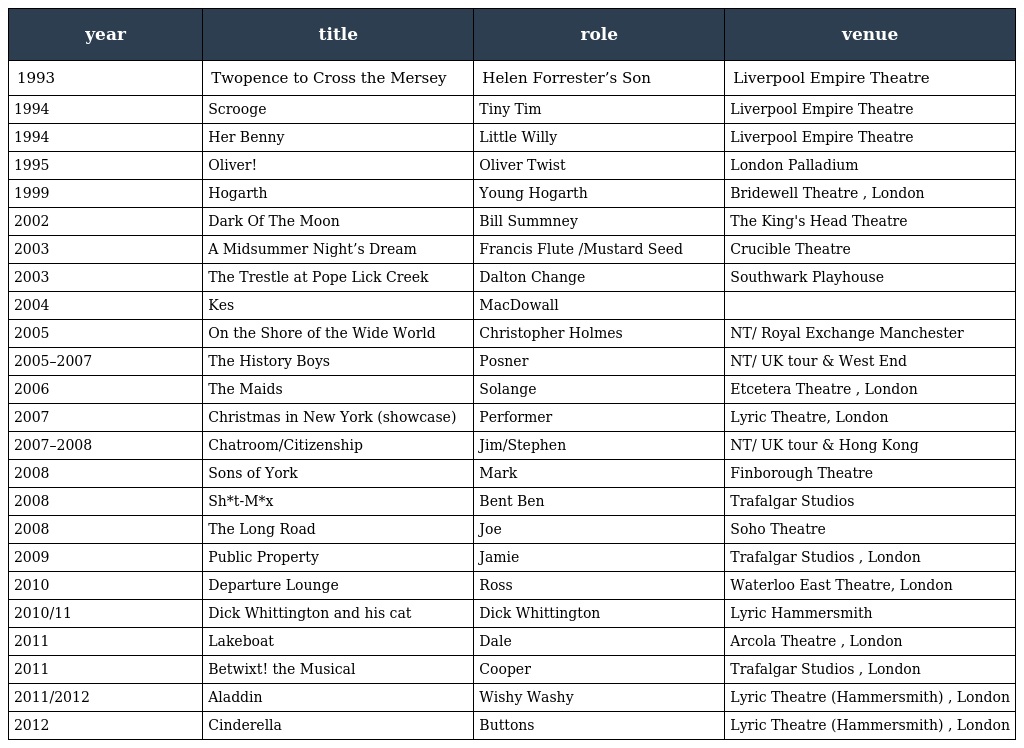
| year | title | role | venue |
 | --- | --- | --- | --- |
 | 1993 | Twopence to Cross the Mersey | Helen Forrester’s Son | Liverpool Empire Theatre |
 | 1994 | Scrooge | Tiny Tim | Liverpool Empire Theatre |
 | 1994 | Her Benny | Little Willy | Liverpool Empire Theatre |
 | 1995 | Oliver! | Oliver Twist | London Palladium |
 | 1999 | Hogarth | Young Hogarth | Bridewell Theatre , London |
 | 2002 | Dark Of The Moon | Bill Summney | The King's Head Theatre |
 | 2003 | A Midsummer Night’s Dream | Francis Flute /Mustard Seed | Crucible Theatre |
 | 2003 | The Trestle at Pope Lick Creek | Dalton Change | Southwark Playhouse |
 | 2004 | Kes | MacDowall |  |
 | 2005 | On the Shore of the Wide World | Christopher Holmes | NT/ Royal Exchange Manchester |
 | 2005–2007 | The History Boys | Posner | NT/ UK tour & West End |
 | 2006 | The Maids | Solange | Etcetera Theatre , London |
 | 2007 | Christmas in New York (showcase) | Performer | Lyric Theatre, London |
 | 2007–2008 | Chatroom/Citizenship | Jim/Stephen | NT/ UK tour & Hong Kong |
 | 2008 | Sons of York | Mark | Finborough Theatre |
 | 2008 | Sh*t-M*x | Bent Ben | Trafalgar Studios |
 | 2008 | The Long Road | Joe | Soho Theatre |
 | 2009 | Public Property | Jamie | Trafalgar Studios , London |
 | 2010 | Departure Lounge | Ross | Waterloo East Theatre, London |
 | 2010/11 | Dick Whittington and his cat | Dick Whittington | Lyric Hammersmith |
 | 2011 | Lakeboat | Dale | Arcola Theatre , London |
 | 2011 | Betwixt! the Musical | Cooper | Trafalgar Studios , London |
 | 2011/2012 | Aladdin | Wishy Washy | Lyric Theatre (Hammersmith) , London |
 | 2012 | Cinderella | Buttons | Lyric Theatre (Hammersmith) , London |